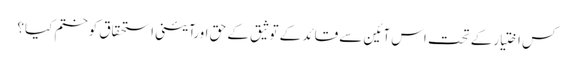
کس اختیارکے تحت اس آئین سے قائد کے توثیق کے حق اورآئینی استحقاق کوختم کیا؟